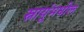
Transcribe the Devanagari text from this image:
स्नायूंमधील